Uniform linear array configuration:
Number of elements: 48
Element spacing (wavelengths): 1
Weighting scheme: hamming
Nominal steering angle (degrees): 30
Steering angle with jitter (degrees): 29.003
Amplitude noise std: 0.05
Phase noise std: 0.05

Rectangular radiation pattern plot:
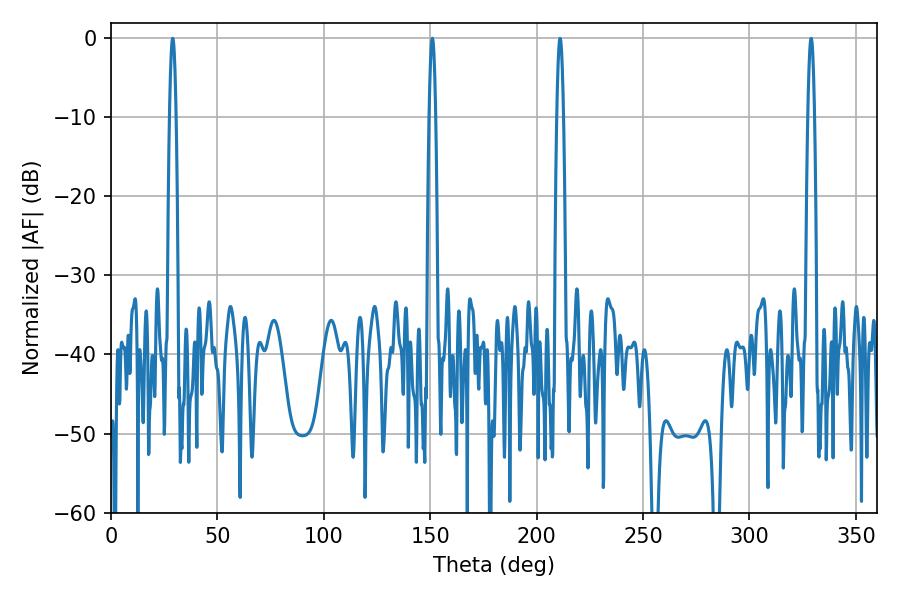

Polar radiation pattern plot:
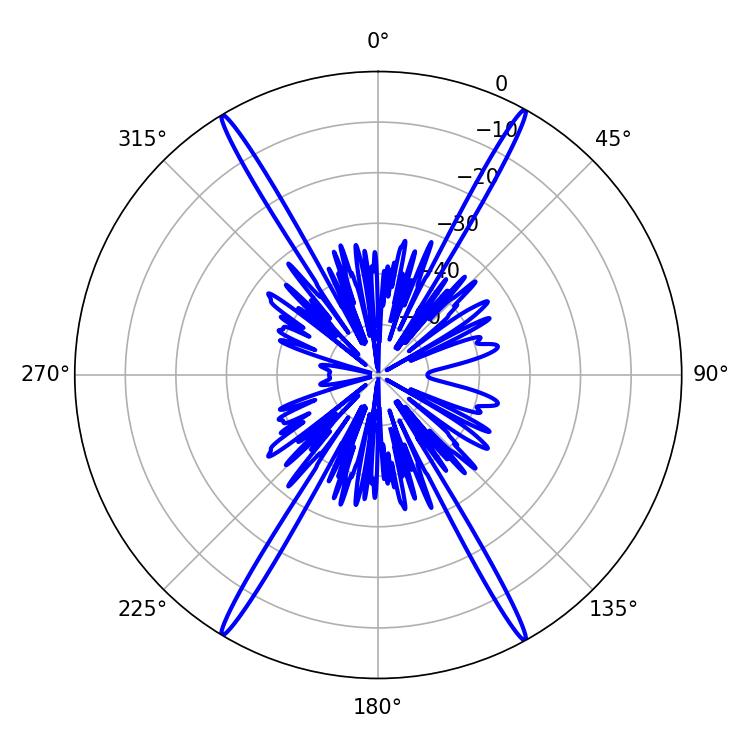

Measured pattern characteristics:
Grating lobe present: TRUE
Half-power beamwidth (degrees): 1.62
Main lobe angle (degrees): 28.98